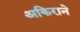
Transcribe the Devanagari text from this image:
अकिराने